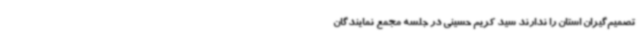
تصمیم‌گیران استان را ندارند سید کریم حسینی در جلسه‌ مجمع نمایندگان